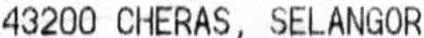
43200 CHERAS, SELANGOR